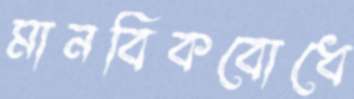
মানবিকবোধে